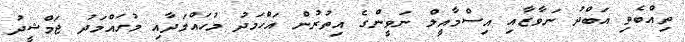
ތިއްބެވި އަބްދު ނަވާޒާއި އިސްމާއީލް ނަވީންގެ އިތުރުން އަހްމަދު މުހައްމަދާއި މުހައްމަދު ޖަމްޝީދު